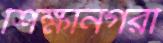
শিক্ষানগরী